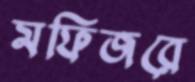
মফিজরে